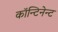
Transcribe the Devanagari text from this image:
कॉन्टिनेन्ट